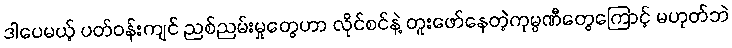
ဒါပေမယ့် ပတ်ဝန်းကျင် ညစ်ညမ်းမှုတွေဟာ လိုင်စင်နဲ့ တူးဖော်နေတဲ့ကုမ္ပဏီတွေကြောင့် မဟုတ်ဘဲ